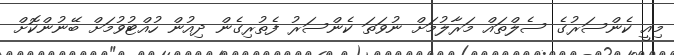
މިއީ ކެންސަރުގެ ސެލްތައް މަރާލުމަށް ނުވަތަ ކެންސަރު ފެތުރިގެން ދިއުން ހުއްޓުވުމަށް ބޭނުންކޮށް